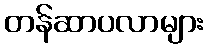
တန်ဆာပလာများ